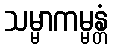
သမ္မာကမ္မန္တံ